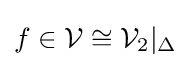
f\in {\mathcal {V}}\cong {\mathcal {V}}_{2}|_{\Delta }